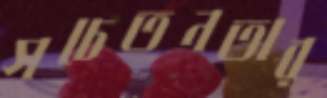
সচেতনতার